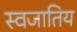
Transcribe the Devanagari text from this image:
स्वजातिय